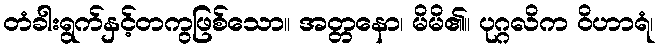
တံခါးရွက်နှင့်တကွဖြစ်သော။ အတ္တနော၊ မိမိ၏။ ပုဂ္ဂလိက ဝိဟာရံ၊